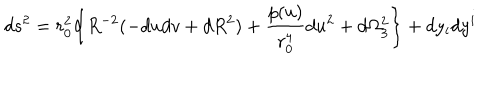
d s ^ { 2 } = r _ { 0 } ^ { 2 } \bigg \{ R ^ { - 2 } ( - d u d v + d R ^ { 2 } ) + { \frac { p ( u ) } { r _ { 0 } ^ { 4 } } } d u ^ { 2 } + d \Omega _ { 3 } ^ { 2 } \biggr \} + d y _ { i } d y ^ { i }